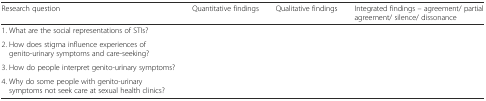
<table><thead><tr><td><b>Research question</b></td><td><b>Quantitative findings</b></td><td><b>Qualitative findings</b></td><td><b>Integrated findings – agreement/ partial agreement/ silence/ dissonance</b></td></tr></thead><tbody><tr><td>1. What are the social representations of STIs?</td><td></td><td></td><td></td></tr><tr><td>2. How does stigma influence experiences of genito-urinary symptoms and care-seeking?</td><td></td><td></td><td></td></tr><tr><td>3. How do people interpret genito-urinary symptoms?</td><td></td><td></td><td></td></tr><tr><td>4. Why do some people with genito-urinary symptoms not seek care at sexual health clinics?</td><td></td><td></td><td></td></tr></tbody></table>